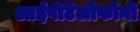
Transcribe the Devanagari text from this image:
आईपीटेलीफोनी